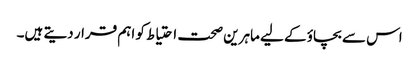
اس سے بچاؤ کے لیے ماہرین صحت احتیاط کو اہم قرار دیتے ہیں۔